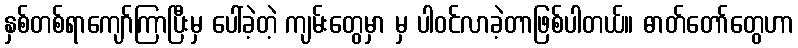
နှစ်တစ်ရာကျော်ကြာပြီးမှ ပေါ်ခဲ့တဲ့ ကျမ်းတွေမှာ မှ ပါဝင်လာခဲ့တာဖြစ်ပါတယ်။ ဓာတ်တော်တွေဟာ